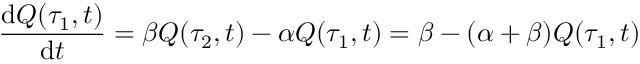
\frac { \mathrm { d } Q ( \tau _ { 1 } , t ) } { \mathrm { d } t } = \beta Q ( \tau _ { 2 } , t ) - \alpha Q ( \tau _ { 1 } , t ) = \beta - ( \alpha + \beta ) Q ( \tau _ { 1 } , t )